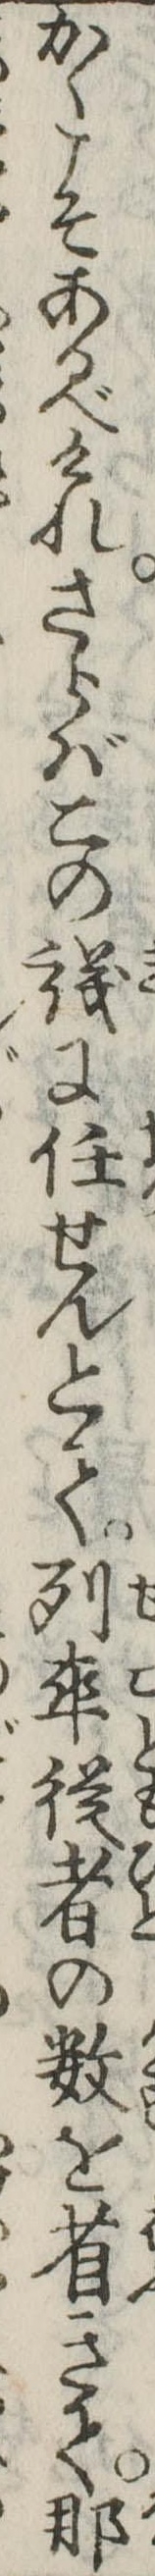
かくこそあるべけれさらばこの議に任せんとて列卒従者の数を省きて那